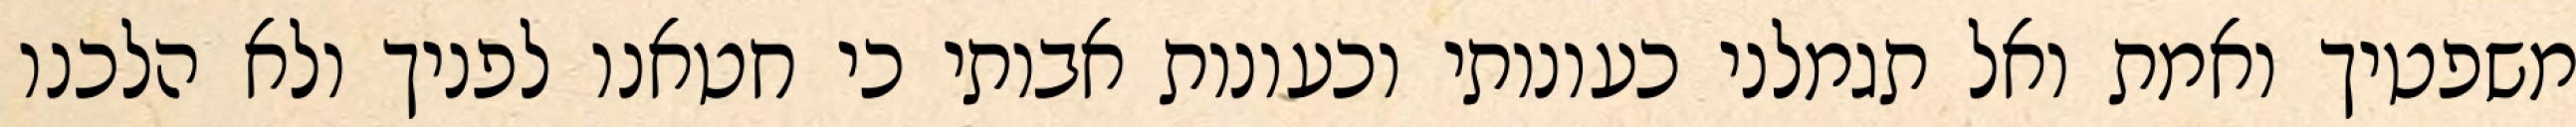
משפטיך ואמת ואל תגמלני כעונותי וכעונות אבותי כי חטאנו לפניך ולא הלכנו